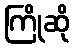
ကြိုဆို